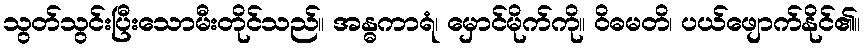
သွတ်သွင်းပြီးသောမီးတိုင်သည်။ အန္ဓကာရံ၊ မှောင်မိုက်ကို။ ဝိဓမတိ၊ ပယ်ဖျောက်နိုင်၏။